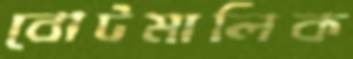
বোটমালিক